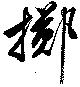
擲